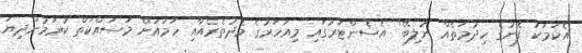
އެކަމަކު ފެނުގެ ހިދުމަތެއް ނުލިބޭ" އެސެންޓަރުގައި މިއަހަރުގެ މެދުތެރެއާއި ހަމައަށް މަސައްކަތް ކުރަމުންދިޔަ